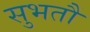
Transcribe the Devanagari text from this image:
सुभतौं